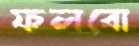
ফলবো